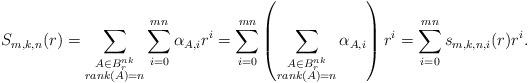
LaTeX: \begin{align*} S_{m, k, n}(r) = \sum_{\substack{ A \in B_r^{nk} \\ rank(A) = n }} \sum_{i = 0}^{mn} \alpha_{A, i}r^i = \sum_{i = 0}^{mn} \left( \sum_{\substack{ A \in B_r^{nk} \\ rank(A) = n }} \alpha_{A, i} \right) r^i = \sum_{i = 0}^{mn} s_{m,k,n,i}(r) r^i.\end{align*}